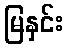
မြနှင်း